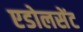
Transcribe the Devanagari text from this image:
एडोलसेंट